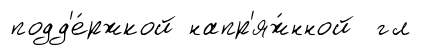
подд'е́ржкой напр'яж́нной гл